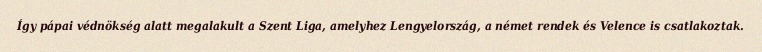
Így pápai védnökség alatt megalakult a Szent Liga, amelyhez Lengyelország, a német rendek és Velence is csatlakoztak.